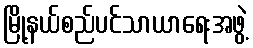
မြို့နယ်စည်ပင်သာယာရေးအဖွဲ့